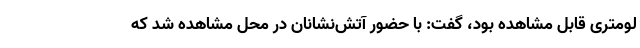
لومتری قابل مشاهده بود، گفت: با حضور آتش‌نشانان در محل مشاهده شد که